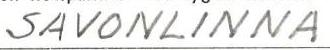
SAVONLINNA